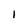
Character: I